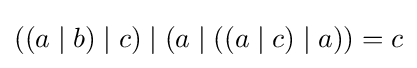
((a\mid b)\mid c)\mid (a\mid ((a\mid c)\mid a))=c